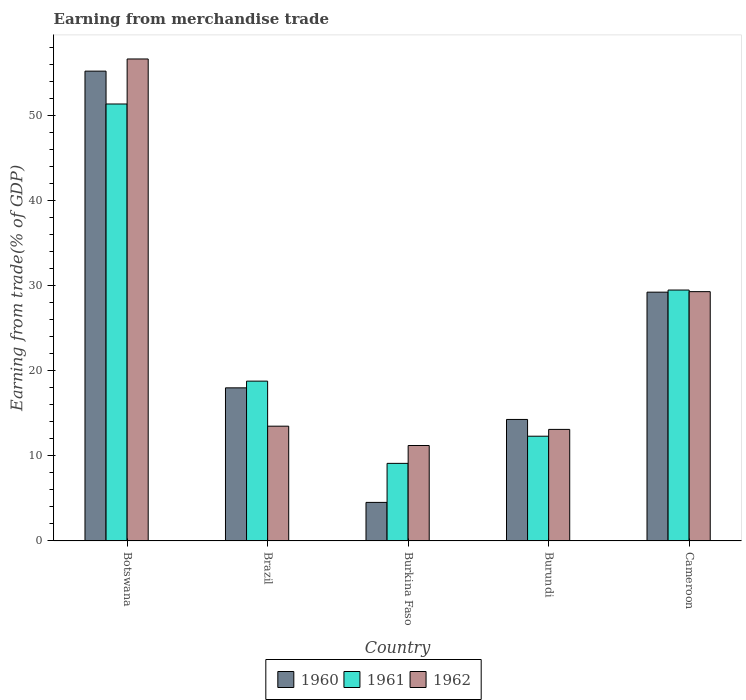
| Country | 1960 | 1961 | 1962 |
 | --- | --- | --- | --- |
 | Botswana | 55.2 | 51.4 | 56.7 |
 | Brazil | 18 | 18.8 | 13.5 |
 | Burkina Faso | 4.53 | 9.12 | 11.2 |
 | Burundi | 14.3 | 12.3 | 13.1 |
 | Cameroon | 29.3 | 29.5 | 29.3 |